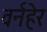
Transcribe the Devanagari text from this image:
वर्नहेर